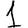
Digit: 1